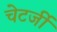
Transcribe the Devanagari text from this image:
चेटर्जी